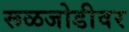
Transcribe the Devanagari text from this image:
रूळजोडीवर